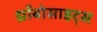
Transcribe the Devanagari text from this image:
थ्राँबोसाइट्स